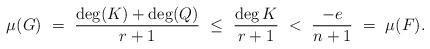
LaTeX: \begin{align*}\mu(G) \ = \ \frac{\deg(K) + \deg(Q)}{r+1} \ \le \ \frac{\deg K}{r+1} \ < \ \frac{-e}{n+1} \ = \ \mu(F).\end{align*}